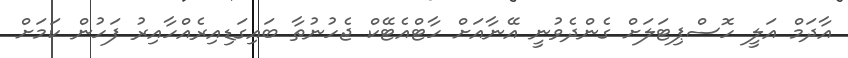
އާދަމް އަލީ ހޮސްޕިޓަލަށް ގެންދެވުނީ އޭނާއަށް ހާޓްއެޓޭކް ޖެހުނުތާ ބައިގަޑިއިރެއްހާއިރު ފަހުން ކަމަށް